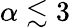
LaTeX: \alpha\lesssim 3